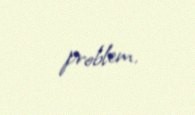
problem.